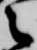
之